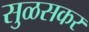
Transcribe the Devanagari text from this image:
सुळसकर